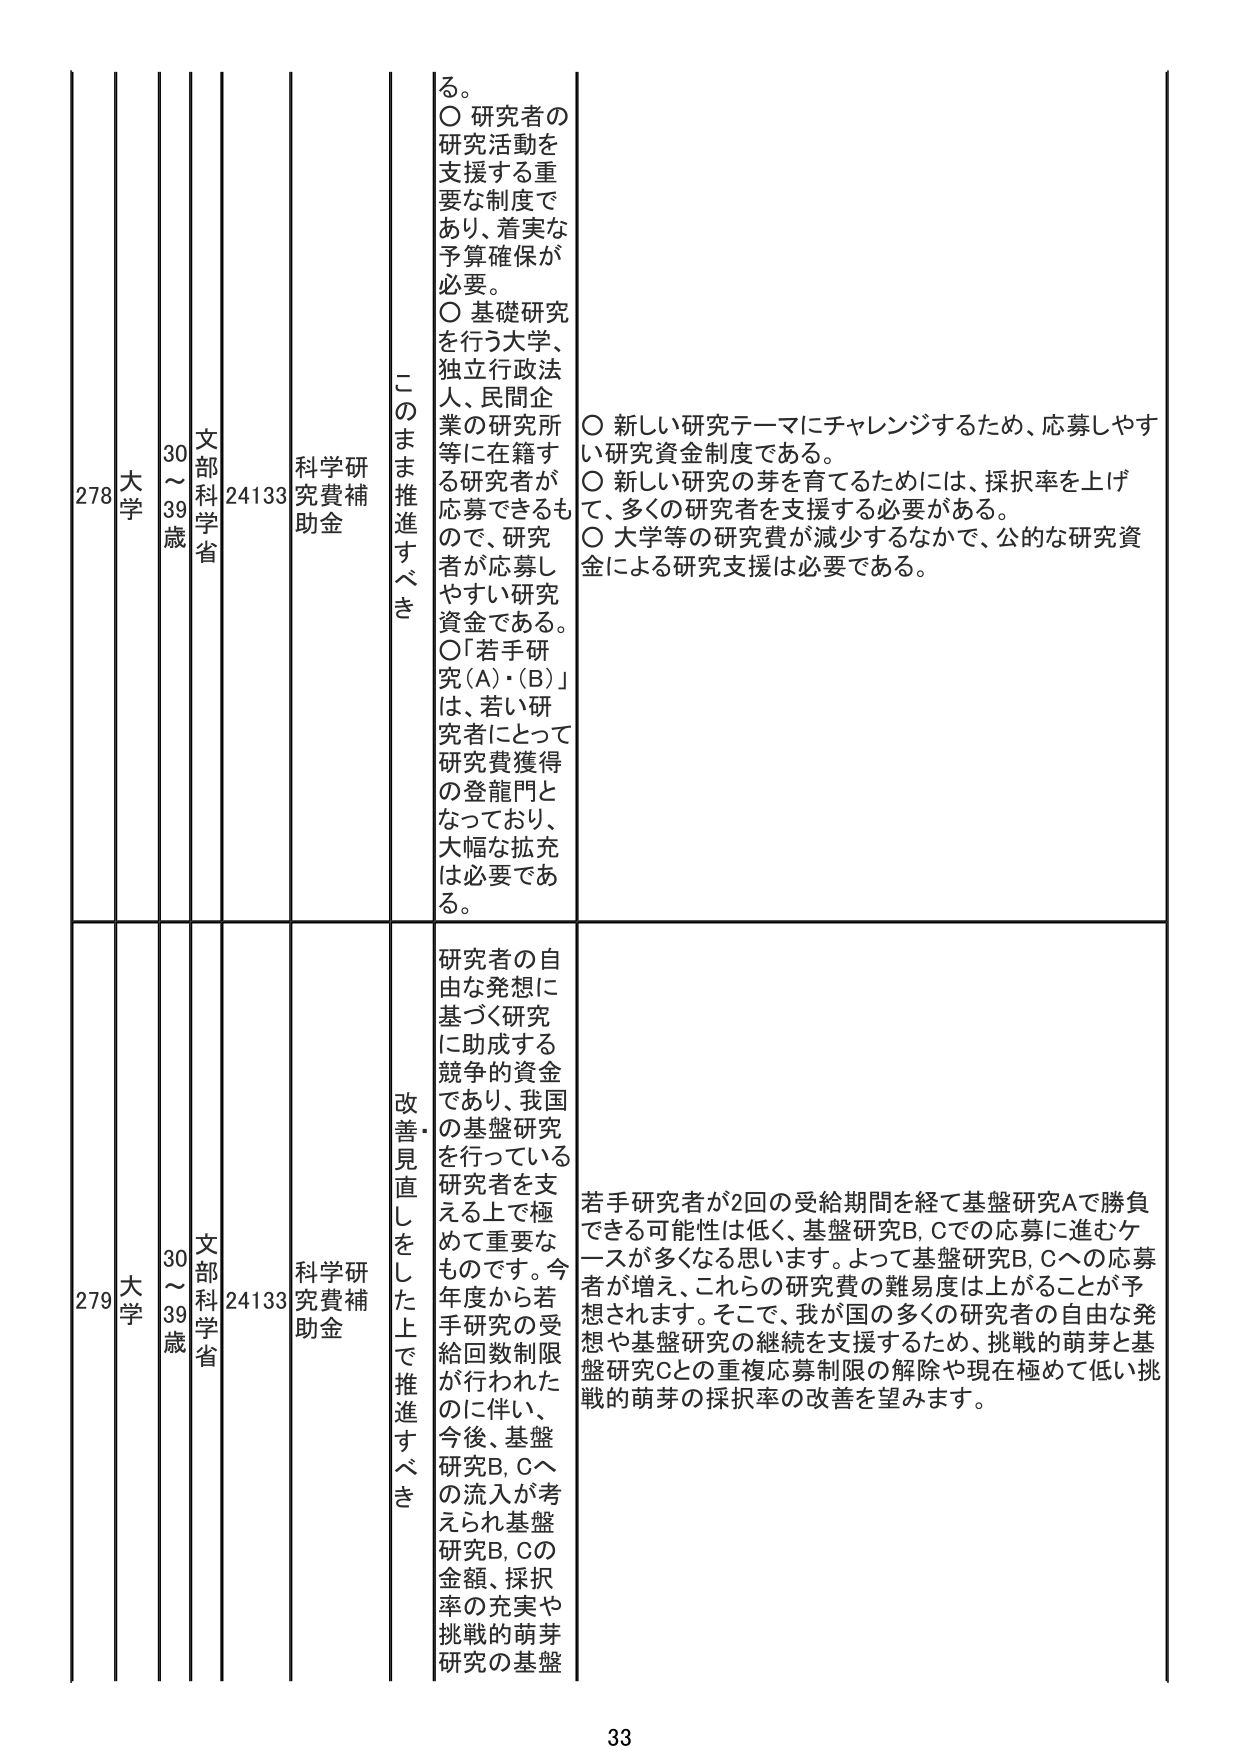
278 大学 30～39歳 文部科学省 24133 科学研究費補助金 このまま推進すべき る。 ○ 研究者の研究活動を支援する重要な制度であり、着実な予算確保が必要。 ○ 基礎研究を行う大学、独立行政法人、民間企業の研究所等に在籍する研究者が応募できるもので、研究者が応募しやすい研究資金である。 ○「若手研究(A)・(B)」は、若手研究者にとって研究費獲得の登龍門となっており、大幅な拡充は必要である。 ○ 新しい研究テーマにチャレンジするため、応募しやすい研究資金制度である。 ○ 新しい研究の芽を育てるためには、採択率を上げて、多くの研究者を支援する必要がある。 ○ 大学等の研究費が減少するなかで、公的研究資金による研究支援は必要である。

279 大学 30～39歳 文部科学省 24133 科学研究費補助金 改善・見直しをした上で推進すべき 研究者の自由な発想に基づく研究に助成する競争的資金であり、我国の基盤研究を行っている研究者を支える上で極めて重要なものでです。今年度から若手研究の受給回数制限が行われたのに伴い、今後、基盤研究B、Cへの流入が考えられ基盤研究B、Cの金額、採択率の充実や挑戦的萌芽研究の基盤 若手研究者が2回の受給期間を経て基盤研究Aで勝負できる可能性は低く、基盤研究B、Cでの応募に進むケースが多くなると思います。よって基盤研究B、Cへの応募者が増え、これらの研究費の難易度は上がることが予想されます。そこで、我が国の多くの研究者の自由な発想や基盤研究の継続を支援するため、挑戦的萌芽と基盤研究Cとの重複応募制限の解除や現在極めて低い挑戦的萌芽の採択率の改善を望みます。

33